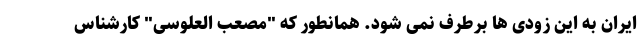
ایران به این زودی ها برطرف نمی شود. همانطور که "مصعب العلوسی" کارشناس